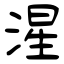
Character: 湦